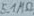
Text: 5.1MΩ